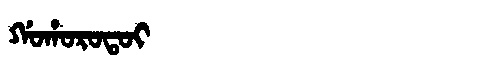
Manchu: ᡤᠣᡥᠣᡵᠣᡨᠣᡳ
Romanization: GOHOROTOI